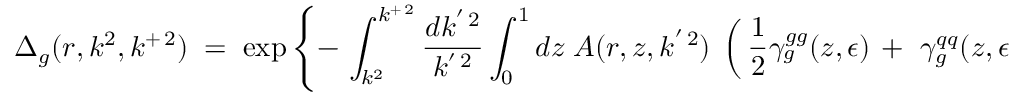
\Delta _ { g } ( r , k ^ { 2 } , k ^ { + \, 2 } ) \; = \; \exp \left\{ - \, \int _ { k ^ { 2 } } ^ { k ^ { + \, 2 } } \frac { d k ^ { ' \, 2 } } { k ^ { ' \, 2 } } \int _ { 0 } ^ { 1 } d z \; A ( r , z , k ^ { ' \, 2 } ) \; \left( \, \frac { 1 } { 2 } \gamma _ { g } ^ { g g } ( z , \epsilon ) \, + \, \, \gamma _ { g } ^ { q q } ( z , \epsilon ) \right) \right\}